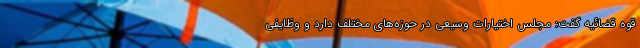
قوه قضائیه گفت: مجلس اختیارات وسیعی در حوزه‌های مختلف دارد و وظایفی